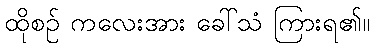
ထိုစဉ် ကလေးအား ခေါ်သံ ကြားရ၏။